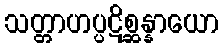
သတ္တာဟပ္ပဋိစ္ဆန္နာယော